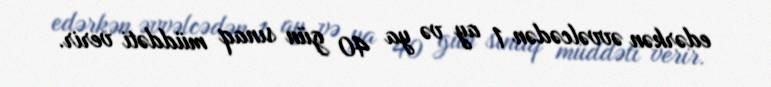
edərkən əvvəlcədən 1 ay və ya 40 gün sınaq müddəti verir.